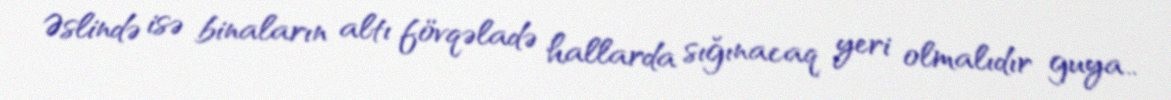
Əslində isə binaların altı fövqəladə hallarda sığınacaq yeri olmalıdır guya..